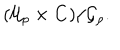
( { \cal U } _ { \rho } \times { \bf C } ) / { \cal G } _ { \rho } .